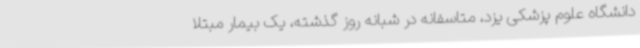
دانشگاه علوم پزشکی یزد، متاسفانه در شبانه روز گذشته، یک بیمار مبتلا